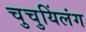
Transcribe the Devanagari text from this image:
चुचुयिंलंग